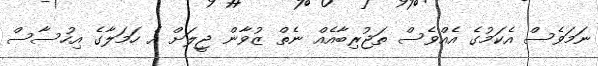
ނަމަވެސް އެކަމުގެ އެއްވެސް ތަޖުރިބާއެއް ނެތް ޒުވާން ޖީލަށް އެ ހަމަލާގެ އިހުސާސް